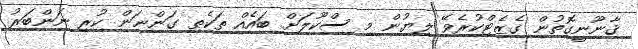
ޤާނޫނީގޮތުން ގެޒެޓްކުރެވޭ ލިޔުން މި ސްކޫލަށް ބައެއް ތަކެތި ގަންނަން ކުރި ނަންބަރު